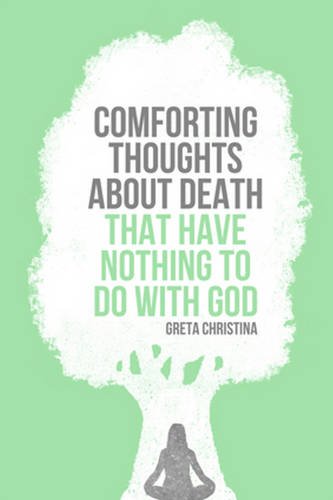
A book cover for Comforting Thoughts About Death That Have Nothing to Do with God; Greta Christina; Religion & Spirituality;